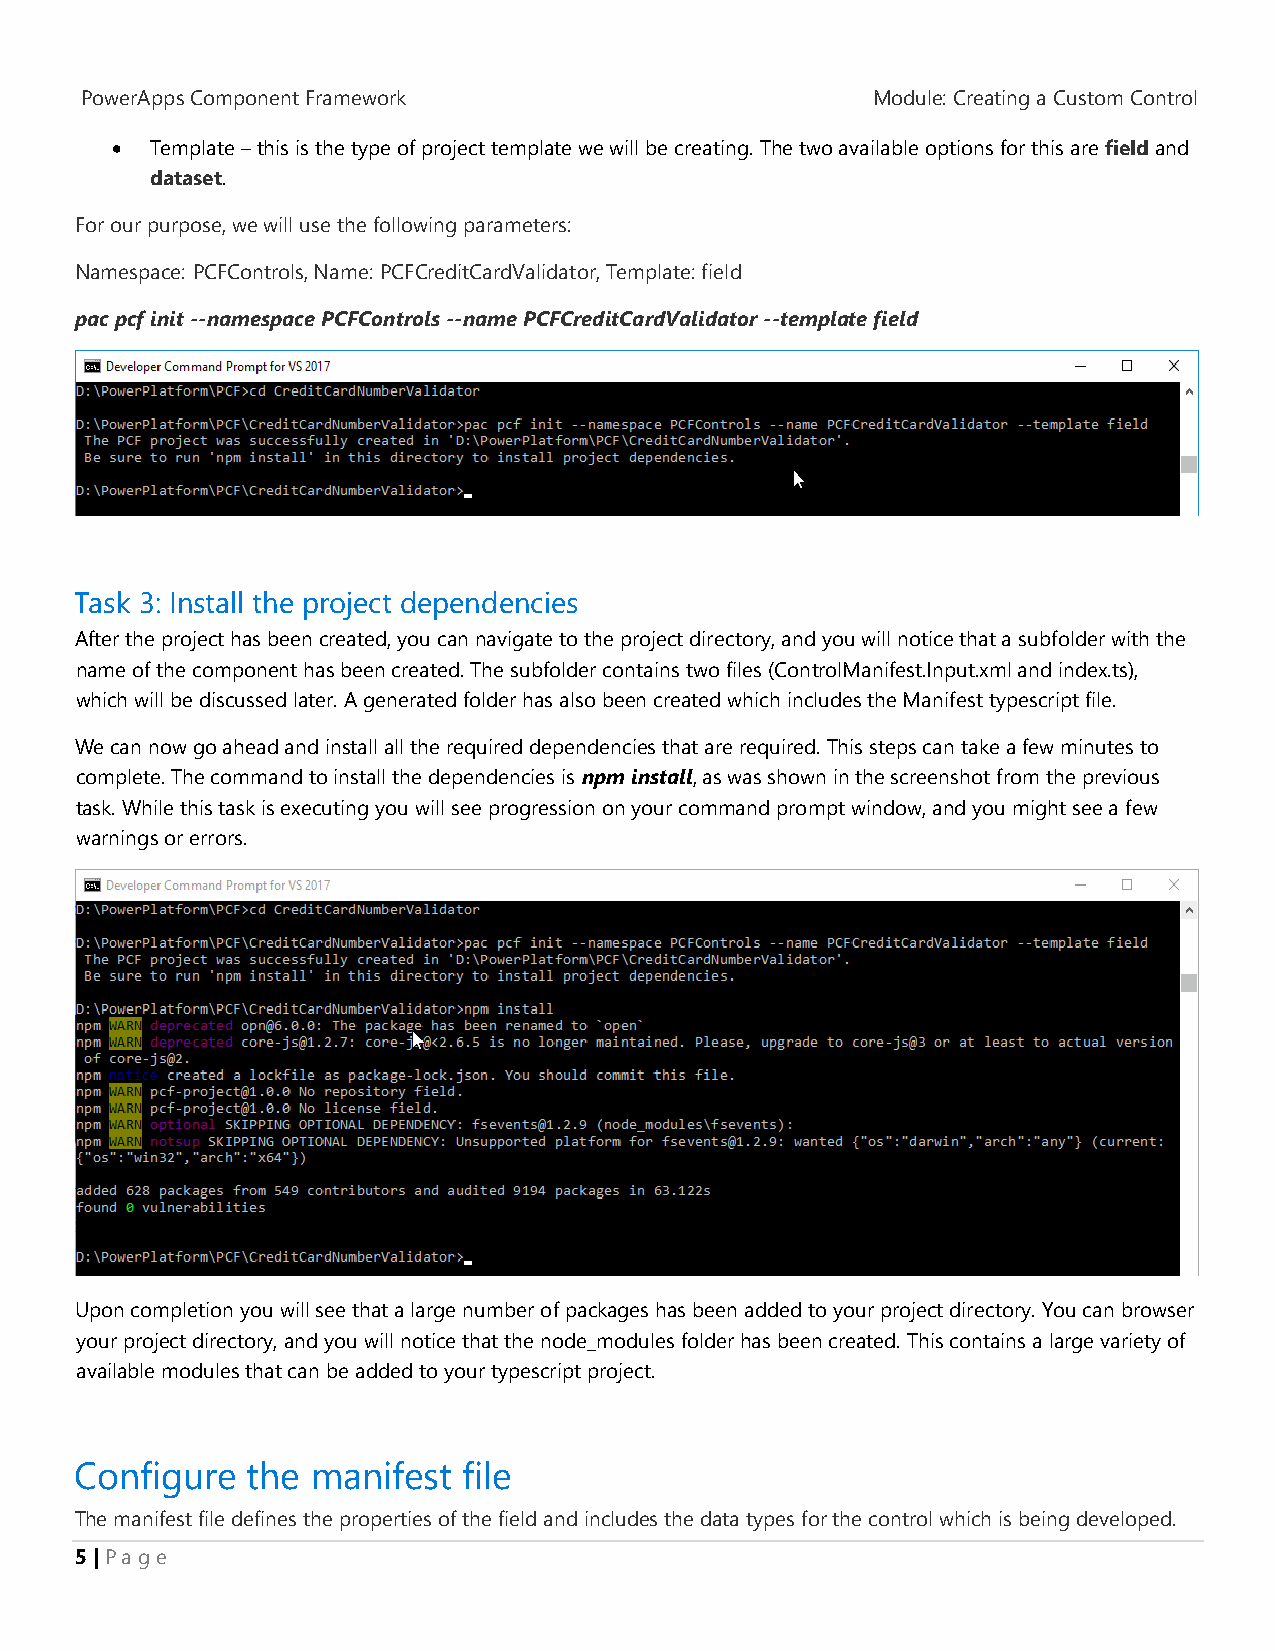
PowerApps Component Framework                        Module: Creating a Custom Control
   Template – this is the type of project template we will be creating. The two available options for this are field and
 dataset.
 For our purpose, we will use the following parameters:
 Namespace: PCFControls, Name: PCFCreditCardValidator, Template: field
 pac pcf init --namespace PCFControls --name PCFCreditCardValidator --template field
 Task 3: Install the project dependencies
 After the project has been created, you can navigate to the project directory, and you will notice that a subfolder with the
 name of the component has been created. The subfolder contains two files (ControlManifest.Input.xml and index.ts),
 which will be discussed later. A generated folder has also been created which includes the Manifest typescript file.
 We can now go ahead and install all the required dependencies that are required. This steps can take a few minutes to
 complete. The command to install the dependencies is npm install, as was shown in the screenshot from the previous
 task. While this task is executing you will see progression on your command prompt window, and you might see a few
 warnings or errors.
 Upon completion you will see that a large number of packages has been added to your project directory. You can browser
 your project directory, and you will notice that the node_modules folder has been created. This contains a large variety of
 available modules that can be added to your typescript project.
 Configure  the  manifest  file
 The manifest file defines the properties of the field and includes the data types for the control which is being developed.
 5 | P a g e